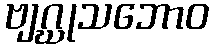
ဗျဂ္ဃုသဘောဝ